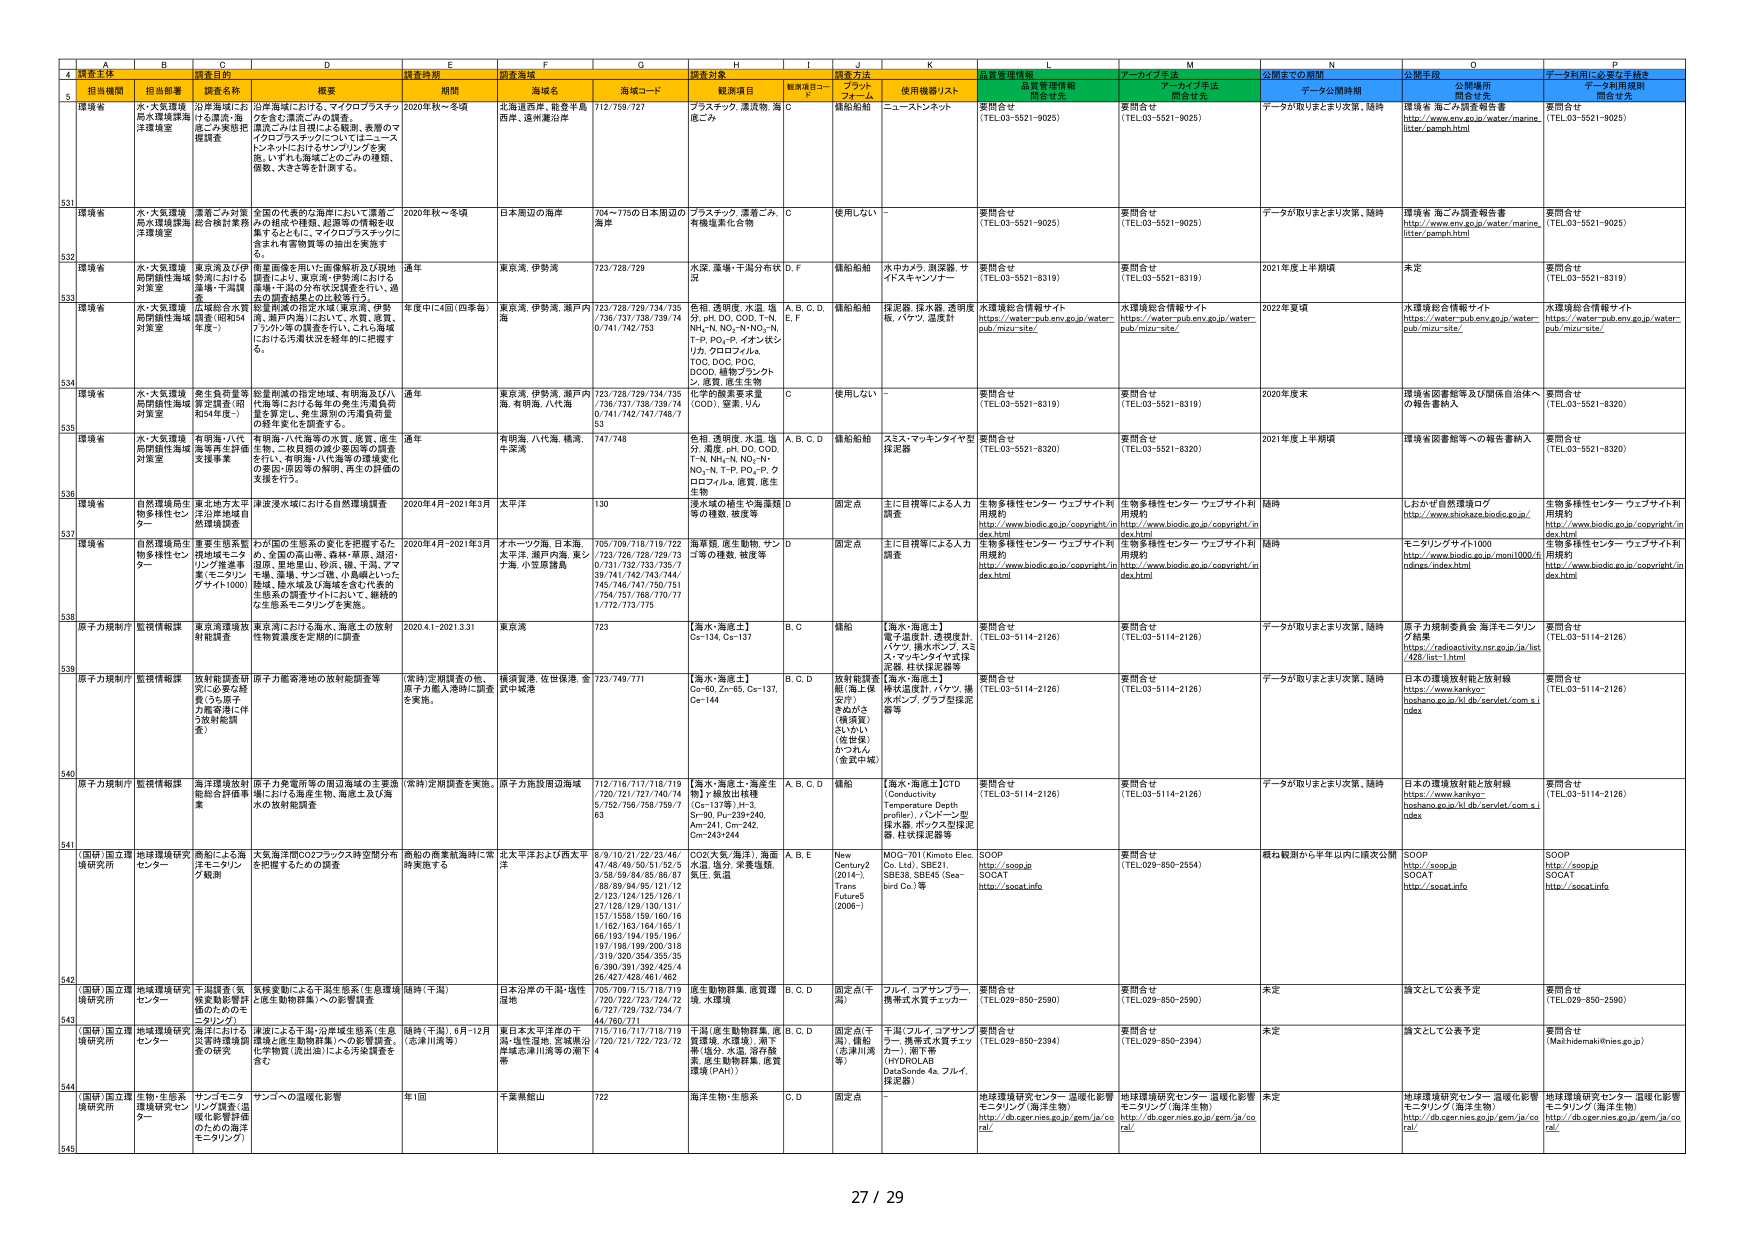
A4: 調査主体
B4: 担当機関
C4: 調査名称
D4: 概要
E4: 調査時期
F4: 調査海域
G4: 海域コード
H4: 調査対象
I4: 観測項目コード
J4: 調査方法
K4: 使用機器/リスト
L4: 品質管理情報
M4: アーカイブ手法
N4: 公開までの期間
O4: 公開手段
P4: データ利用に必要な手続き

A5: 環境省
B5: 水・大気環境局水環境課海洋環境室
C5: 沿岸海域における漂着・海産ごみ実態把握調査
D5: 沿岸海域における、マイクロプラスチックを含む漂着ごみの観測。漂着ごみは日視による観測、表層のマイクロプラスチックについてはニーストンネットにおけるサンプリングを実施。いずれも環境ごみのニスの種類、個数、大きさ等を計測する。
E5: 2020年秋～冬頃
F5: 北海道西岸、新発田島西岸、遠州灘沿岸
G5: 712/759/727
H5: プラスチック、漂着物、海産ごみ
I5: C
J5: 錯船船舶
K5: ニーストンネット
L5: 要問合せ (TEL.03-5521-9025)
M5: 要問合せ (TEL.03-5521-9025)
N5: データが取りまとまり次第、随時
O5: 環境省 海ごみ調査報告書 http://www.env.go.jp/water/marine_litter/pamph.html
P5: 要問合せ (TEL.03-5521-9025)

A531: 環境省
B531: 水・大気環境局水環境課海洋環境室
C531: 漂着ごみ対策総合検討業務
D531: 全国の代表的な海岸において漂着ごみの経年や種類、起源等の情報を収集するとともに、マイクロプラスチックに含まれ有害物質等の抽出を実施する。
E531: 2020年秋～冬頃
F531: 日本周辺の海岸
G531: 704～775の日本周辺の海岸
H531: プラスチック、漂着ごみ、有機塩素化合物
I531: C
J531: 使用しない
K531: -
L531: 要問合せ (TEL.03-5521-9025)
M531: 要問合せ (TEL.03-5521-9025)
N531: データが取りまとまり次第、随時
O531: 環境省 海ごみ調査報告書 http://www.env.go.jp/water/marine_litter/pamph.html
P531: 要問合せ (TEL.03-5521-9025)

A532: 環境省
B532: 水・大気環境局昂閉性海域対策室
C532: 東京湾及び伊勢湾における藻場・干潟調査
D532: 衛星画像を用いた画像解析及び現地調査により、東京湾・伊勢湾における藻場・干潟の分布状況調査を行い、過去の変動経過との比較を行う。
E532: 通年
F532: 東京湾、伊勢湾
G532: 723/728/729
H532: 水深、藻場・干潟分布状況
I532: D、F
J532: 錯船船舶
K532: 水中カメラ、測深器、サイトスキャンソナー
L532: 要問合せ (TEL.03-5521-8319)
M532: 要問合せ (TEL.03-5521-8319)
N532: 2021年度上半期頃
O532: 未定
P532: 要問合せ (TEL.03-5521-8319)

A533: 環境省
B533: 水・大気環境局閉鎖性海域対策室
C533: 広域総合水質調査（昭和34年度～）
D533: 衛星画像の指定水域（東京湾、伊勢湾、瀬戸内海）において、水質、底質、プランクトン等の調査を行い、これらの海域における汚濁状況を経年的に把握する。
E533: 年度中に4回（四季毎）
F533: 東京湾、伊勢湾、瀬戸内海
G533: 723/728/729/734/735/736/737/738/739/740/741/742/753
H533: 色相、透明度、水温、塩分、pH、DO、COD、T-N、NH₄-N、NO₃-N、NO₂-N、T-P、PO₄-P、イオン状シリン、クロロフィルa、TOC、DOC、POC、DCOD、緑色プランクトン、底質、底生生物
I533: A、B、C、D、E、F
J533: 錯船船舶
K533: 採泥器、採水器、透明度板、パケット、濾過計
L533: 水環境総合情報サイト https://water-pub.env.go.jp/water-pub/mizu-site/
M533: 水環境総合情報サイト https://water-pub.env.go.jp/water-pub/mizu-site/
N533: 2022年度頃
O533: 水環境総合情報サイト https://water-pub.env.go.jp/water-pub/mizu-site/
P533: 水環境総合情報サイト https://water-pub.env.go.jp/water-pub/mizu-site/

A534: 環境省
B534: 水・大気環境局閉鎖性海域対策室
C534: 発生負荷量等算定調査（昭和54年度～）
D534: 衛星画像の指定地域、有明海及び八代海等における毎年の発生汚濁負荷量を算定し、発生源内の汚濁負荷量の経年変化を調査する。
E534: 通年
F534: 東京湾、伊勢湾、瀬戸内海、有明海、八代海
G534: 723/728/729/734/735/736/737/738/739/740/741/742/747/748/753
H534: 化学的酸素要求量（COD）、窒素、りん
I534: C
J534: 使用しない
K534: -
L534: 要問合せ (TEL.03-5521-8319)
M534: 要問合せ (TEL.03-5521-8319)
N534: 2020年度末
O534: 環境省図書館等及び関係自治体への報告書納入
P534: 要問合せ (TEL.03-5521-8320)

A535: 環境省
B535: 水・大気環境局閉鎖性海域対策室
C535: 有明海・八代海等再生計画支援事業
D535: 有明海・八代海等の水質、底質、底生生物、二枚貝類の減少要因等の調査を行い、有明海・八代海等の環境悪化の要因・原因の解明、再生の詳細の支援を行う。
E535: 通年
F535: 有明海、八代海、横浜、牛深湾
G535: 747/748
H535: 色相、透明度、水温、塩分、濁度、pH、DO、COD、T-N、NH₄-N、NO₃-N、NO₂-N、T-P、PO₄-P、クロロフィルa、底質、底生生物
I535: A、B、C、D
J535: 錯船船舶
K535: スミス・マニングタイヤ型採泥器
L535: 要問合せ (TEL.03-5521-8320)
M535: 要問合せ (TEL.03-5521-8320)
N535: 2021年度上半期頃
O535: 環境省図書館等への報告書納入
P535: 要問合せ (TEL.03-5521-8320)

A536: 環境省
B536: 自然環境保全生物多様性センター
C536: 東北地方太平洋沿岸地域自然環境調査
D536: 東北湾水域における自然環境調査
E536: 2020年4月～2021年3月
F536: 太平洋
G536: 130
H536: 海水域の構成や海藻類等の種数、被度等
I536: D
J536: 固定点
K536: 主に目視等による人力調査
L536: 生物多様性センター ウェブサイト利用規約 https://www.biodic.go.jp/copyright/index.html
M536: 生物多様性センター ウェブサイト利用規約 https://www.biodic.go.jp/copyright/index.html
N536: 随時
O536: しおかぜ自然環境ログ http://www.shiokaze.biodic.go.jp/
P536: 生物多様性センター ウェブサイト利用規約 https://www.biodic.go.jp/copyright/index.html

A537: 環境省
B537: 自然環境保全生物多様性センター
C537: 重要生態系監視地域モニタリング推進事業（モニタリングサイト1000）
D537: かが国の生態系の変化を把握するため、全国の高山帯、森林・草原、湖沼・湿原、里地里山、砂浜、磯、干潟、アマモ場、藻場、サンゴ礁、小島嶼といった海域、陸水域及び海陸を含む代表的生態系の調査サイトにおいて、継続的生態系モニタリングを実施。
E537: 2020年4月～2021年3月
F537: オホーツク海、日本海、太平洋、瀬戸内海、東シナ海、小笠原諸島
G537: 705/709/718/719/722/723/726/728/729/730/731/732/733/735/739/741/742/743/744/745/746/747/750/751/754/757/768/770/771/772/773/775
H537: 海草類、底生動物、サンゴ等の種数、被度等
I537: D
J537: 固定点
K537: 主に目視等による人力調査
L537: 生物多様性センター ウェブサイト利用規約 https://www.biodic.go.jp/copyright/index.html
M537: 生物多様性センター ウェブサイト利用規約 https://www.biodic.go.jp/copyright/index.html
N537: 随時
O537: モニタリングサイト1000 http://www.biodic.go.jp/moni1000/5ndings/index.html
P537: 生物多様性センター ウェブサイト利用規約 https://www.biodic.go.jp/copyright/index.html

A538: 環境省
B538: 原子力規制庁
C538: 監視情報調査
D538: 東京湾環境放射能調査
E538: 2020.4.1～2021.3.31
F538: 東京湾
G538: 723
H538: [海水・海底土] Cs-134, Cs-137
I538: B、C
J538: 錯船
K538: [海水・海底土] 電子濃度計、透明度計、パケット、揚水ポンプ、スズ・マニキンタイヤ式採泥器、柱状採泥器等
L538: 要問合せ (TEL.03-5114-2126)
M538: 要問合せ (TEL.03-5114-2126)
N538: データが取りまとまり次第、随時
O538: 原子力規制委員会 海洋モニタリング結果 https://radioactivity.nsr.go.jp/ja/list/428/list-1.html
P538: 要問合せ (TEL.03-5114-2126)

A539: 原子力規制庁
B539: 監視情報調査
C539: 放射能調査研究「必要な経費うち原子力施設等に伴う放射能調査」
D539: 原子力施設等の放射能調査等
E539: （常時）定期調査の他、原子力艦入港時に調査を実施。
F539: 横須賀港、佐世保港、金沢中城港
G539: 723/749/771
H539: [海水・海底土] Co-60, Zn-65, Cs-137, Ce-144
I539: B、C、D
J539: 放射能調査艇「海王号」（後述）をあらかじめ（後世版）かづれん（金沢中城）
K539: [海水・海底土] 柱状採泥計、パケット、揚水ポンプ、グラフ型採泥器等
L539: 要問合せ (TEL.03-5114-2126)
M539: 要問合せ (TEL.03-5114-2126)
N539: データが取りまとまり次第、随時
O539: 日本の環境放射能と放射線 https://www.kankyo-hoshano.go.jp/kl.db/servlet/com.s.i.udes
P539: 要問合せ (TEL.03-5114-2126)

A540: 原子力規制庁
B540: 監視情報調査
C540: 海洋環境放射能総合評価事業
D540: 原子力施設等の周辺海域の主要海域における海産生物、海底土及び海水の放射能調査
E540: （常時）定期調査を実施。
F540: 原子力施設周辺海域
G540: 712/716/717/718/719/720/721/727/740/725/752/756/758/759/63
H540: [海水・海底土・海産生物] 1種放射性物質（Cs-137等）H-3, Sr-90, Pu-239+240, Am-241, Cm-242, Cm-243+244
I540: A、B、C、D
J540: 錯船
K540: [海水・海底土] CTD (Conductivity, Temperature Depth profiler), パケット型採水器、ポンプ型採泥器、柱状採泥器等
L540: 要問合せ (TEL.03-5114-2126)
M540: 要問合せ (TEL.03-5114-2126)
N540: データが取りまとまり次第、随時
O540: 日本の環境放射能と放射線 https://www.kankyo-hoshano.go.jp/kl.db/servlet/com.s.i.udes
P540: 要問合せ (TEL.03-5114-2126)

A541: （国研）国立環境研究所
B541: 地球環境研究センター
C541: 商船による海洋モニタリング観測
D541: 大気海洋間CO2フラックス時空間分布を把握するための調査
E541: 商船の商業航海時に常時実施する
F541: 北太平洋および西太平洋
G541: 8/9/10/21/22/23/46/47/48/49/50/51/52/53/58/59/84/85/86/87/88/89/94/95/121/122/123/124/125/126/127/128/129/130/131/157/158/159/160/161/162/163/164/165/166/163/184/185/186/197/198/199/200/201/319/320/354/355/356/390/391/392/425/426/427/428/461/462
H541: CO2大気/海洋、海面水温、塩分、表層塩類、気圧、気温
I541: A、B、E
J541: New Century 2 (2014-), Trans Future 5 (2006-)
K541: MOG-701 (Kimoto Elec Co. Ltd.), SBE21, SBE38, SBE45 (Sea-bird Co.) 等
L541: SOOP http://soop.jp SOCAT http://socat.info
M541: 要問合せ (TEL.029-850-2554)
N541: 最も観測から半年以内に1次公開
O541: SOOP http://soop.jp SOCAT http://socat.info
P541: SOOP http://soop.jp SOCAT http://socat.info

A542: （国研）国立環境研究所
B542: 地球環境研究センター
C542: 千潟調査（気候変動影響評価のためのモニタリング）
D542: 気候変動による千潟生態系（生息環境・生産生物群集）への影響調査
E542: 随時（千潟）
F542: 日本沿岸の千潟・塩性湿地
G542: 705/709/715/718/719/720/722/723/724/726/727/729/732/734/744/760/771
H542: 底生動物群集、底質環境、水環境
I542: B、C、D
J542: 固定点（千潟）
K542: フィル・コアナッター、携帯式水質チェッカー
L542: 要問合せ (TEL.029-850-2590)
M542: 要問合せ (TEL.029-850-2590)
N542: 未定
O542: 論文として公表予定
P542: 要問合せ (TEL.029-850-2590)

A543: （国研）国立環境研究所
B543: 地球環境研究センター
C543: 海洋における災害時環境調査の研究
D543: 海洋による汚染・沿岸域生態系（生息環境・底生動物群集）への影響調査、土中物質（流出済）による汚染調査を含む
E543: 随時（千潟）、6月～12月（志津川湾等）
F543: 東日本太平洋岸の干潟・塩性湿地、宮城県沿岸域志津川湾等の潮下帯
G543: 715/716/717/718/719/720/721/722/723/724
H543: 干潟（底生動物群集、底質環境、水環境）、潮下帯（塩分、水温、沿岸懸濁、底生動物群集、底質環境（PAH））
I543: B、C、D
J543: 固定点（千潟）、錯船（志津川湾等）
K543: 千潟（フィル・コアナッター、携帯式水質チェッカー）、潮下帯（HYDROLAB DataSonde 4a、フィル、採泥器）
L543: 要問合せ (TEL.029-850-2394)
M543: 要問合せ (TEL.029-850-2394)
N543: 未定
O543: 論文として公表予定
P543: 要問合せ (Maihidemaki@nes.go.jp)

A544: （国研）国立環境研究所
B544: 生物・生態系環境研究センター
C544: サンゴモニタリング調査・温暖化影響評価のための海洋モニタリング
D544: サンゴへの温暖化影響
E544: 年1回
F544: 千葉県館山
G544: 722
H544: 海洋生物・生態系
I544: C、D
J544: 固定点
K544: -
L544: 地球環境研究センター 温暖化影響モニタリング（海洋生物） http://db.cger.nies.go.jp/gem/ja/coal/
M544: 地球環境研究センター 温暖化影響モニタリング（海洋生物） http://db.cger.nies.go.jp/gem/ja/coal/
N544: 未定
O544: 地球環境研究センター 温暖化影響モニタリング（海洋生物） http://db.cger.nies.go.jp/gem/ja/coal/
P544: 地球環境研究センター 温暖化影響モニタリング（海洋生物） http://db.cger.nies.go.jp/gem/ja/coal/

A545: （空行）
B545: （空行）
C545: （空行）
D545: （空行）
E545: （空行）
F545: （空行）
G545: （空行）
H545: （空行）
I545: （空行）
J545: （空行）
K545: （空行）
L545: （空行）
M545: （空行）
N545: （空行）
O545: （空行）
P545: （空行）

ページ番号: 27 / 29